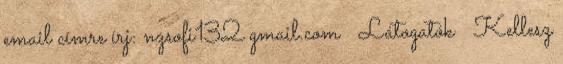
email címre írj: nzsofi132 gmail.com ♥ Látogatók ♥ Kellesz